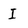
Character: I